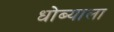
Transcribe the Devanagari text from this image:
धोब्याला